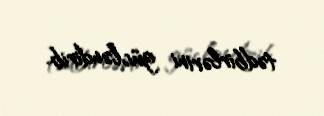
tədbirlərini gücləndirib.